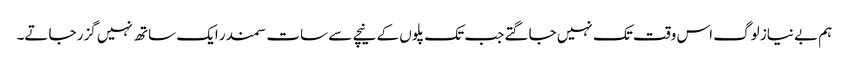
ہم بے نیاز لوگ اس وقت تک نہیں جاگتے جب تک پلوں کے نیچے سے سات سمندر ایک ساتھ نہیں گزر جاتے۔